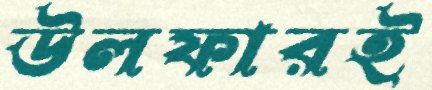
উলফারই